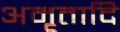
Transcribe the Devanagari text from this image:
अमृतादि